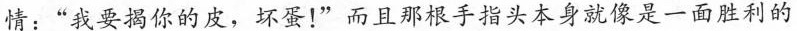
情:“我要揭你的皮，坏蛋!”而且那根手指头本身就像是一面胜利的